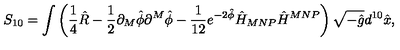
S _ { 1 0 } = \int \left( \frac { 1 } { 4 } \hat { R } - \frac { 1 } { 2 } \partial _ { M } \hat { \phi } \partial ^ { M } \hat { \phi } - \frac { 1 } { 1 2 } e ^ { - 2 \hat { \phi } } \hat { H } _ { M N P } \hat { H } ^ { M N P } \right) \sqrt { - \hat { g } } d ^ { 1 0 } \hat { x } ,